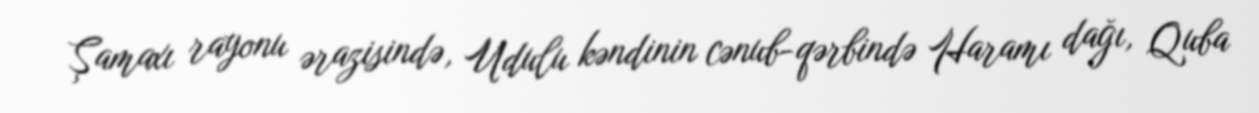
Şamaxı rayonu ərazisində, Udulu kəndinin cənub-qərbində Haramı dağı, Quba